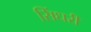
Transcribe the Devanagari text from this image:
सिंधरी